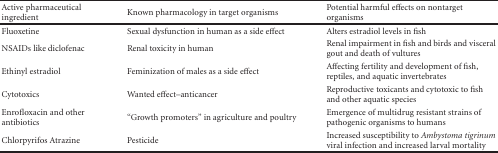
<table><thead><tr><td><b>Active pharmaceutical ingredient</b></td><td><b>Known pharmacology in target organisms</b></td><td><b>Potential harmful effects on nontarget organisms</b></td></tr></thead><tbody><tr><td>Fluoxetine</td><td>Sexual dysfunction in human as a side effect</td><td>Alters estradiol levels in fish</td></tr><tr><td>NSAIDs like diclofenac</td><td>Renal toxicity in human</td><td>Renal impairment in fish and birds and visceral gout and death of vultures</td></tr><tr><td>Ethinyl estradiol</td><td>Feminization of males as a side effect</td><td>Affecting fertility and development of fish, reptiles, and aquatic invertebrates</td></tr><tr><td>Cytotoxics</td><td>Wanted effect–anticancer</td><td>Reproductive toxicants and cytotoxic to fish and other aquatic species</td></tr><tr><td>Enrofloxacin and other antibiotics</td><td>“Growth promoters” in agriculture and poultry</td><td>Emergence of multidrug resistant strains of pathogenic organisms to humans</td></tr><tr><td>Chlorpyrifos Atrazine</td><td>Pesticide</td><td>Increased susceptibility to <i>Ambystoma tigrinum</i> viral infection and increased larval mortality</td></tr></tbody></table>